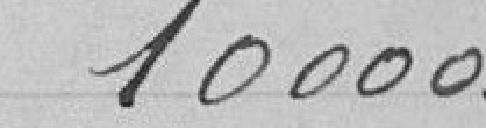
10000 .